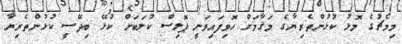
މިމެޗުގެ މޮޅު ކުޅުންތެރިޔާގެ މަޤާމަށް ހޮވިފައިވަނީ ޕޮލިސް ކުލަބަށް ކުޅޭ ބިދޭސީ ކުޅުންތެރިޔާ